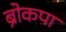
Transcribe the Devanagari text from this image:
ब्रोकपा